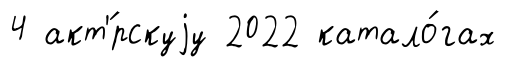
4 акт'́рскуjу 2022 катало́гах